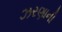
ઝરણાની